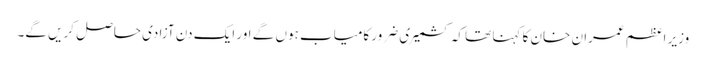
وزیر اعظم عمران خان کا کہنا تھا کہ کشمیری ضرور کامیاب ہوں گے اور ایک دن آزادی حاصل کریں گے۔